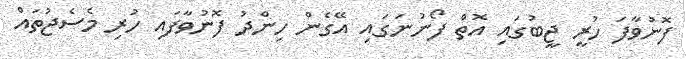
ފޮނުވާފަ ހުރީ ޖީބުގައި އޮތް ފޯނުނަގައި އޭގެން ހިންދު ފޮނުވާފައި ހުރި މެސެޖުތައް